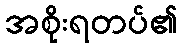
အစိုးရတပ်၏